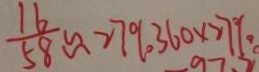
\frac { 1 6 } { 5 8 } \approx 2 7 \% 3 6 0 \times 2 7 \%